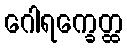
ဂေါရက္ခေတ္ထ